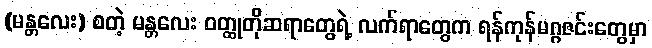
(မန္တလေး) စတဲ့ မန္တလေး ဝတ္ထုတိုဆရာတွေရဲ့ လက်ရာတွေက ရန်ကုန်မဂ္ဂဇင်းတွေမှာ